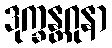
ဒုက္ခန္တဂုနာ